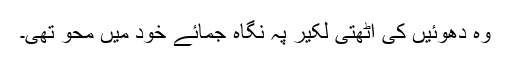
وہ دھوئیں کی اٹھتی لکیر پہ نگاہ جمائے خود میں محو تھی۔